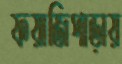
ফয়াজিপাড়ায়